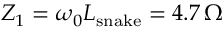
Z _ { 1 } = \omega _ { 0 } L _ { \mathrm { s n a k e } } = 4 . 7 \, \Omega